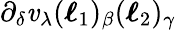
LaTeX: \partial_{\delta}\mathit{v}_{\lambda}(\boldsymbol{\ell}_{1})_{\beta}(\boldsymbol{\ell}_{2})_{\gamma}